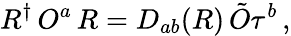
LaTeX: R^{\dagger}\, O^{a}\, R=D_{ab}(R)\, \tilde{O}\tau^{b}\, ,